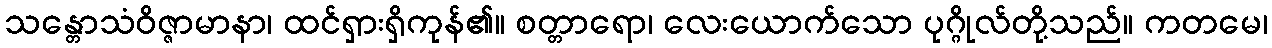
သန္တောသံဝိဇ္ဇာမာနာ၊ ထင်ရှားရှိကုန်၏။ စတ္တာရော၊ လေးယောက်သော ပုဂ္ဂိုလ်တို့သည်။ ကတမေ၊